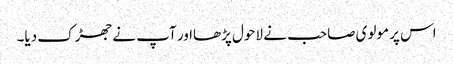
اس پر مولوی صاحب نے لاحول پڑھااور آپ نے جھڑک دیا۔